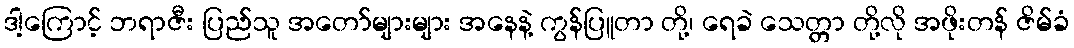
ဒါ့ကြောင့် ဘရာဇီး ပြည်သူ အတော်များများ အနေနဲ့ ကွန်ပြူတာ တို့၊ ရေခဲ သေတ္တာ တို့လို အဖိုးတန် ဇိမ်ခံ